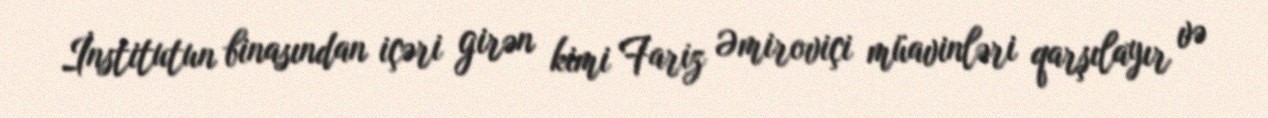
İnstitutun binasından içəri girən kimi Fariz Əmiroviçi müavinləri qarşılayır və